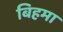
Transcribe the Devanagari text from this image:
बिहमा